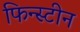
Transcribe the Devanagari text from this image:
फिन्स्टीन